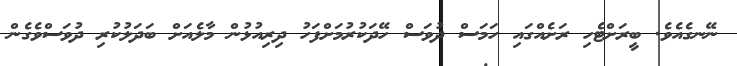
ނޭނގެއެވެ. ބީރަށްޓެހި ރަށެއްގައި ހަމަސް ދުވަސް ހޭދަކުރުމަށްފަހު ދިރިއުޅުން މާލެއަށް ބަދަލުކުރި ދުވަސްވެގެން